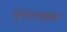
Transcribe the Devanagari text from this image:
शृंगाररसप्रधान